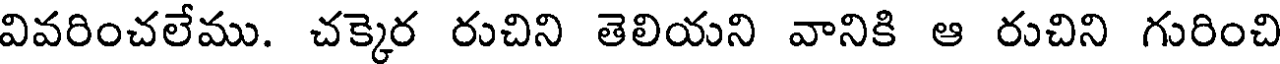
వివరించలేము. చక్కెర రుచిని తెలియని వానికి ఆ రుచిని గురించి